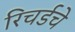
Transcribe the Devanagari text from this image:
रिचर्डचे